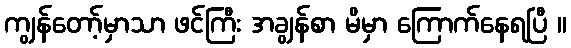
ကျွန်တော့်မှာသာ ဖင်ကြီး အချွန်စာ မိမှာ ကြောက်နေရပြီ ။